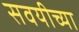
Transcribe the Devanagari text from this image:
सवयीच्या